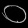
Digit: ၀